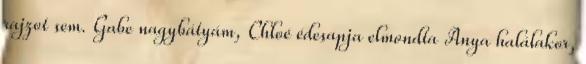
rajzot sem. Gabe nagybátyám, Chloé édesapja elmondta Anya halálakor,